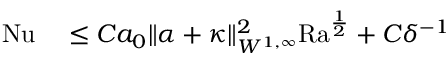
\begin{array} { r l } { \mathrm { { N u } } } & { { } \leq C a _ { 0 } \| \alpha + \kappa \| _ { W ^ { 1 , \infty } } ^ { 2 } \mathrm { { R a } } ^ { \frac { 1 } { 2 } } + C \delta ^ { - 1 } } \end{array}